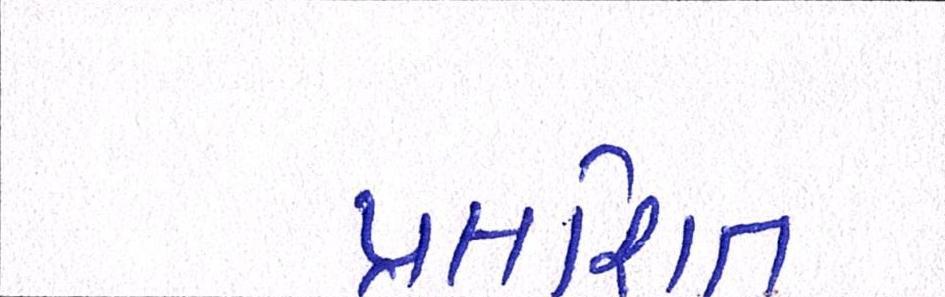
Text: પ્રકાશિત